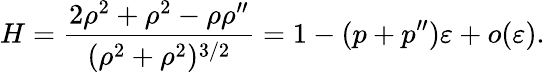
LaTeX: H=\frac{2\rho^{2}+\rho^{2}-\rho\rho^{\prime\prime}}{(\rho^{2}+\rho^{2})^{3/2}}=1-(p+p^{\prime\prime})\varepsilon+o(\varepsilon).